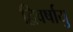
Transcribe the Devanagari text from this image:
द्विवर्षायु